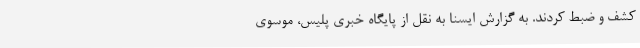
کشف و ضبط کردند. به گزارش ایسنا به نقل از پایگاه خبری پلیس، موسوی